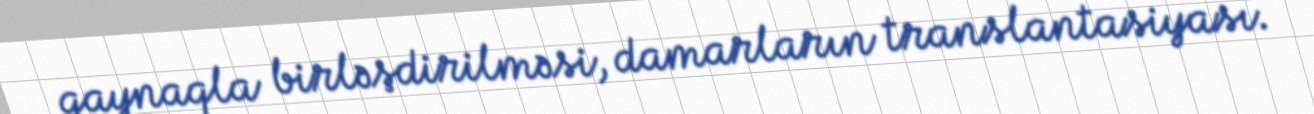
qaynaqla birləşdirilməsi, damarların translantasiyası.